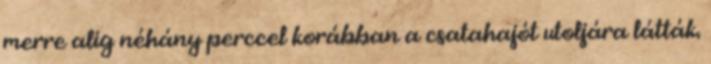
merre alig néhány perccel korábban a csatahajót utoljára látták.